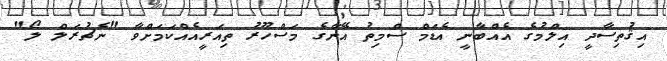
އިޤުތިސާދީ އިލްމުގެ އެއްބާނީ އެޑަމް ސްމިތު އޭނާގެ މަސްހޫރު ތިއަރީއެއްކަމަށްވާ "ނެޗުރަލް ލޯ"